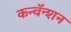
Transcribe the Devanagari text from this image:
कन्वॅन्शन